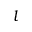
l